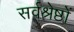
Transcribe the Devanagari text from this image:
सर्वश्रेष्ठों